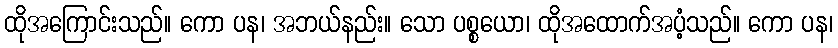
ထိုအကြောင်းသည်။ ကော ပန၊ အဘယ်နည်း။ သော ပစ္စယော၊ ထိုအထောက်အပံ့သည်။ ကော ပန၊